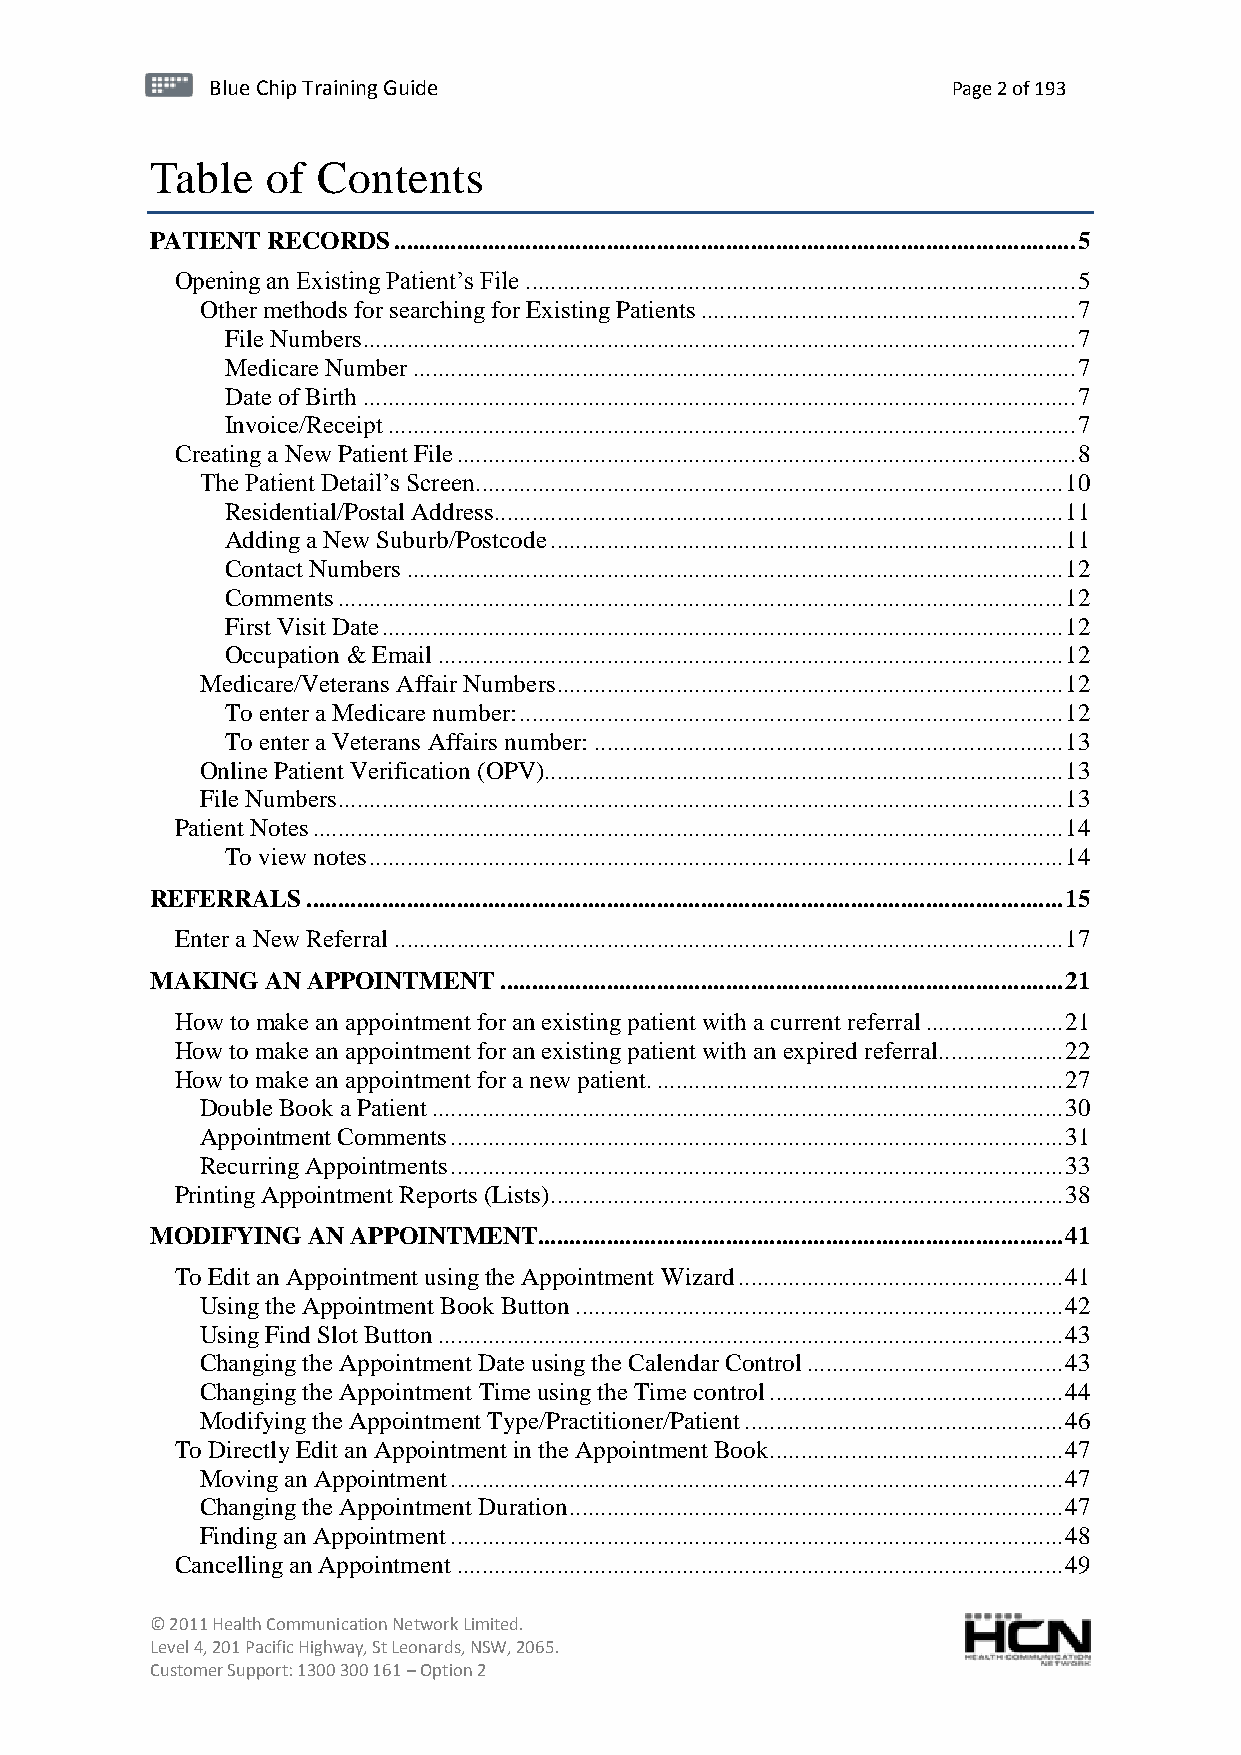
BBlluuee C Chihpi pTr Tairnainingi Gnugi dGeu ide Page 2 of 193
 Table   of Contents
 PATIENT RECORDS ............................................................................................................. 5
 Opening an Existing Patient’s File ........................................................................................ 5
 Other methods for searching for Existing Patients ............................................................ 7
 File Numbers .................................................................................................................. 7
 Medicare Number .......................................................................................................... 7
 Date of Birth .................................................................................................................. 7
 Invoice/Receipt .............................................................................................................. 7
 Creating a New Patient File ................................................................................................... 8
 The Patient Detail’s Screen .............................................................................................. 10
 Residential/Postal Address........................................................................................... 11
 Adding a New Suburb/Postcode .................................................................................. 11
 Contact Numbers ......................................................................................................... 12
 Comments .................................................................................................................... 12
 First Visit Date ............................................................................................................. 12
 Occupation & Email .................................................................................................... 12
 Medicare/Veterans Affair Numbers ................................................................................. 12
 To enter a Medicare number: ....................................................................................... 12
 To enter a Veterans Affairs number: ........................................................................... 13
 Online Patient Verification (OPV)................................................................................... 13
 File Numbers .................................................................................................................... 13
 Patient Notes ........................................................................................................................ 14
 To view notes ............................................................................................................... 14
 REFERRALS ......................................................................................................................... 15
 Enter a New Referral ........................................................................................................... 17
 MAKING  AN APPOINTMENT .......................................................................................... 21
 How to make an appointment for an existing patient with a current referral ...................... 21
 How to make an appointment for an existing patient with an expired referral .................... 22
 How to make an appointment for a new patient. ................................................................. 27
 Double Book a Patient ..................................................................................................... 30
 Appointment Comments .................................................................................................. 31
 Recurring Appointments .................................................................................................. 33
 Printing Appointment Reports (Lists) .................................................................................. 38
 MODIFYING AN APPOINTMENT.................................................................................... 41
 To Edit an Appointment using the Appointment Wizard .................................................... 41
 Using the Appointment Book Button .............................................................................. 42
 Using Find Slot Button .................................................................................................... 43
 Changing the Appointment Date using the Calendar Control ......................................... 43
 Changing the Appointment Time using the Time control ............................................... 44
 Modifying the Appointment Type/Practitioner/Patient ................................................... 46
 To Directly Edit an Appointment in the Appointment Book ............................................... 47
 Moving an Appointment .................................................................................................. 47
 Changing the Appointment Duration ............................................................................... 47
 Finding an Appointment .................................................................................................. 48
 Cancelling an Appointment ................................................................................................. 49
 © 2011 Health Communication Network Limited.
 Level 4, 201 Pacific Highway, St Leonards, NSW, 2065.
 Customer Support: 1300 300 161 – Option 2